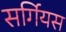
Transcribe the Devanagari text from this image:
सर्गियस